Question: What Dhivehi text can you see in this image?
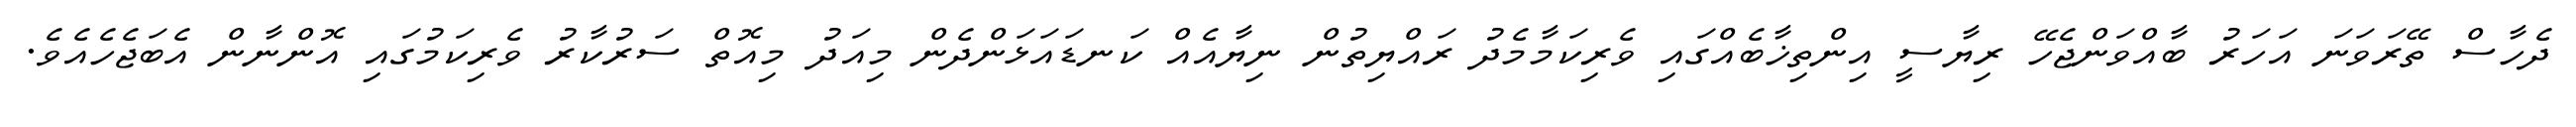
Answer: ދެހާސް ތޭރަވަނަ އަހަރު ބާއްވަންޖެހޭ ރިޔާސީ އިންތިޚާބެއްގައި ވެރިކަމާމެދު ރައްޔިތުން ނިޔާއެއް ކަނޑައަޅަންދެން މިއަދު މިއޮތް ސަރުކާރު ވެރިކަމުގައި އޮންނާން އެބަޖެހެއެވެ.